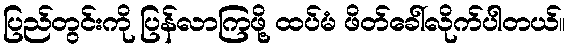
ပြည်တွင်းကို ပြန်လာကြဖို့ ထပ်မံ ဖိတ်ခေါ်လိုက်ပါတယ်။